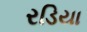
રડિયા